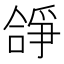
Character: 𠎈